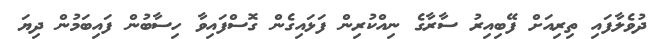
ދުވެލާފައި ތިރިއަށް ފޭބިއިރު ސާރާގެ ނިއްކުރިން ފަޅައިގެން ގޮސްފައިވާ ހިސާބުން ފައިބަމުން ދިޔަ